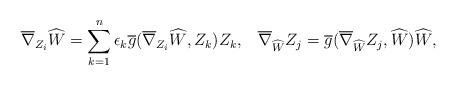
LaTeX: \begin{align*} &\overline{\nabla}_{Z_{i}}\widehat{W}=\sum_{k=1}^{n}\epsilon_{k}\overline{g}( \overline{\nabla}_{Z_{i}}\widehat{W},Z_{k})Z_{k},\;\;\;\overline{\nabla}_{\widehat{W}}Z_{j}=\overline{g}(\overline{\nabla}_{\widehat{W}}Z_{j}, \widehat{W})\widehat{W},\end{align*}